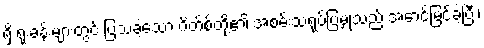
ရှိ ရုံးခန်းများတွင် ပြသခဲ့သော ဂိတ်စ်တို့၏ အစမ်းသရုပ်ပြမှုသည် အောင်မြင်ခဲ့ပြီး၊